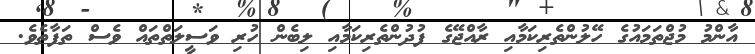
އާންމު މުޖްތަމައުގެ ހޭލުންތެރިކަމާއި ރާއްޖޭގެ ފުދުންތެރިކަމާއި ލިބެން ހުރި ވަސީލަތްތައް ވެސް ތަފާތެވެ.